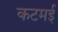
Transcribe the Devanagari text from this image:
कटमई